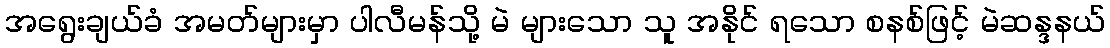
အရွေးချယ်ခံ အမတ်များမှာ ပါလီမန်သို့ မဲ များသော သူ အနိုင် ရသော စနစ်ဖြင့် မဲဆန္ဒနယ်